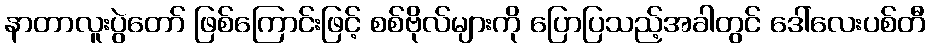
နာတာလူးပွဲတော် ဖြစ်ကြောင်းဖြင့် စစ်ဗိုလ်များကို ပြောပြသည့်အခါတွင် ဒေါ်လေးပစ်တီ